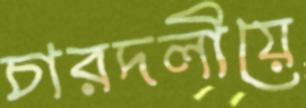
চারদলীয়ে